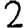
Digit: 2